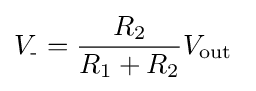
V_{\text{-}}={\frac {R_{2}}{R_{1}+R_{2}}}V_{\text{out}}\